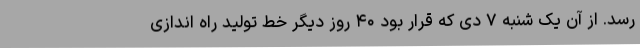
رسد. از آن یک شنبه ۷ دی که قرار بود ۴۰ روز دیگر خط تولید راه اندازی